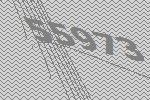
55973